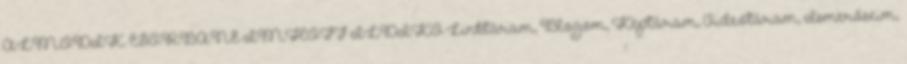
ÁLMODIK. CSORBÁNÉ IMHOFF ILDIKÓ Linktáram, Blogom, Képtáram, Videótáram, Ismerőseim,